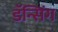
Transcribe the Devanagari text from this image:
डॅन्सिंग